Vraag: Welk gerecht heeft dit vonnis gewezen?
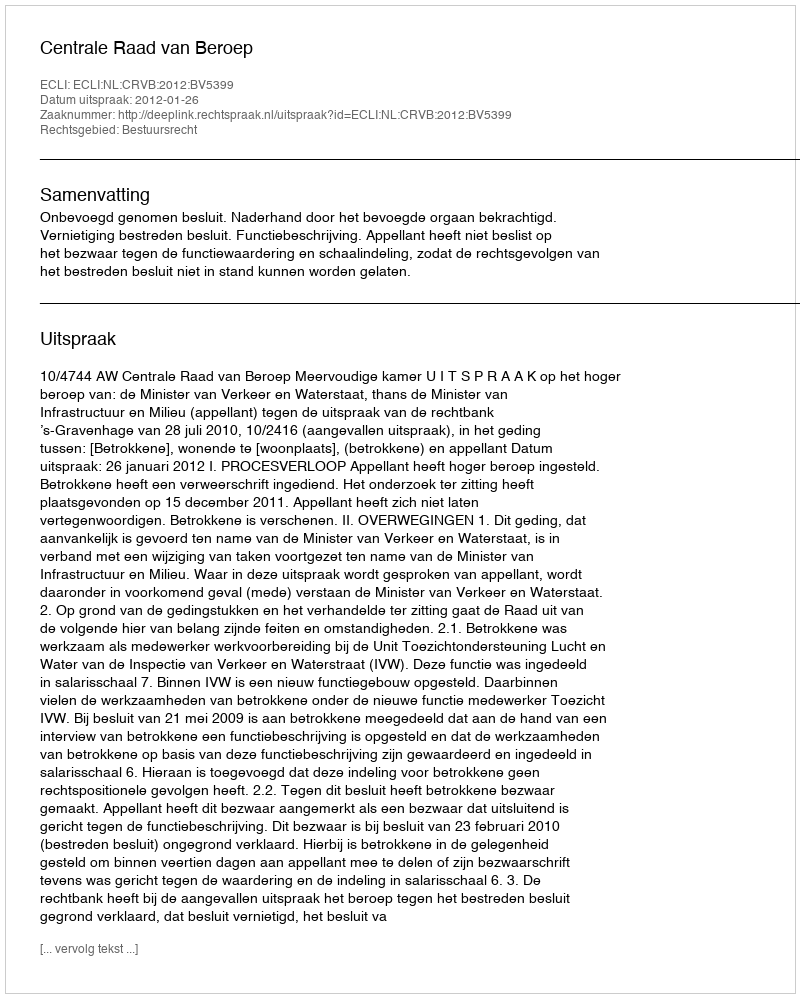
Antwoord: Centrale Raad van Beroep